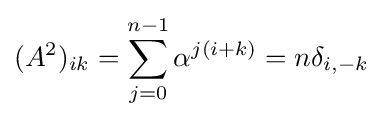
(A^{2})_{ik}=\sum _{j=0}^{n-1}\alpha ^{j(i+k)}=n\delta _{i,-k}